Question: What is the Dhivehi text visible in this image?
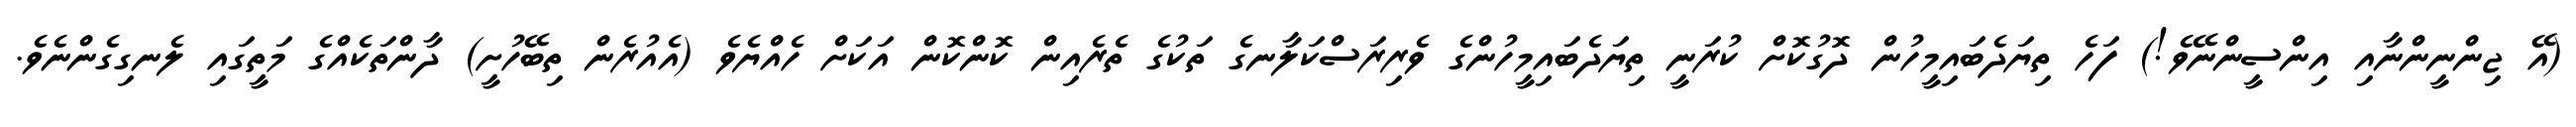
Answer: (އޭ ޖިންނީންނާއި އިންސީންނޭވެ!) ފަހެ ތިޔަދެބައިމީހުން ދޮގުކޮށް ކުރަނީ ތިޔަދެބައިމީހުންގެ ވެރިރަސްކަލާނގެ ތަކުގެ ތެރެއިން ކޮންކޮން އަކަށް ހެއްޔެވެ (އެއުރެން ތިބޭހުށީ) ދާންތަކެއްގެ މަތީގައި ލެނގިގެންނެވެ.